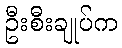
ဦးစီးချုပ်က